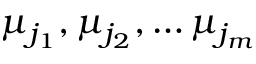
\mu _ { j _ { 1 } } , \mu _ { j _ { 2 } } , \dots \mu _ { j _ { m } }